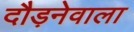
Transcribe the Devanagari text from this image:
दौड़नेवाला